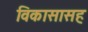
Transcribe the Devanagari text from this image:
विकासासह